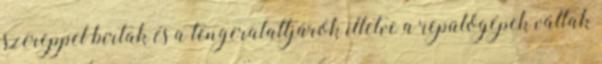
szereppel bírtak és a tengeralattjárók illetve a repülőgépek váltak